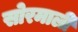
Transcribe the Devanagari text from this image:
सोरमाली